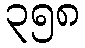
၃၅၈